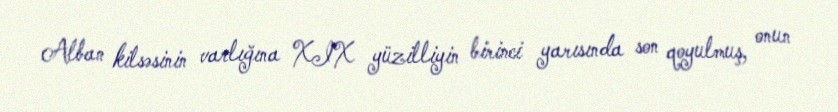
Alban kilsəsinin varlığına XIX yüzilliyin birinci yarısında son qoyulmuş, onun